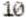
10